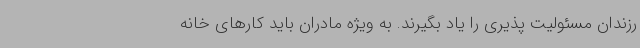
رزندان مسئولیت پذیری را یاد بگیرند. به ویژه مادران باید کارهای خانه